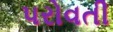
પરોવતી